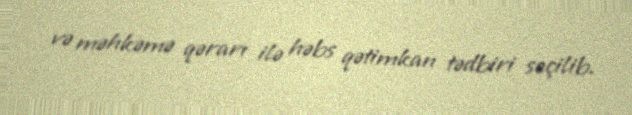
və məhkəmə qərarı ilə həbs qətimkan tədbiri seçilib.